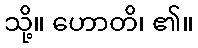
သို့။ ဟောတိ၊ ၏။